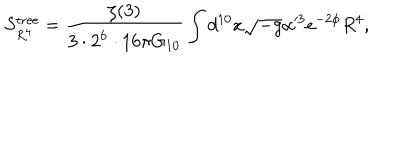
S _ { R ^ { 4 } } ^ { \mathrm { t r e e } } = \frac { \zeta ( 3 ) } { 3 \cdot 2 ^ { 6 } \cdot 1 6 \pi G _ { 1 0 } } \int d ^ { 1 0 } x \sqrt { - g } \alpha ^ { 3 } e ^ { - 2 \phi } R ^ { 4 } ,